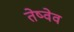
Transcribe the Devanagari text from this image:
तेष्वेव